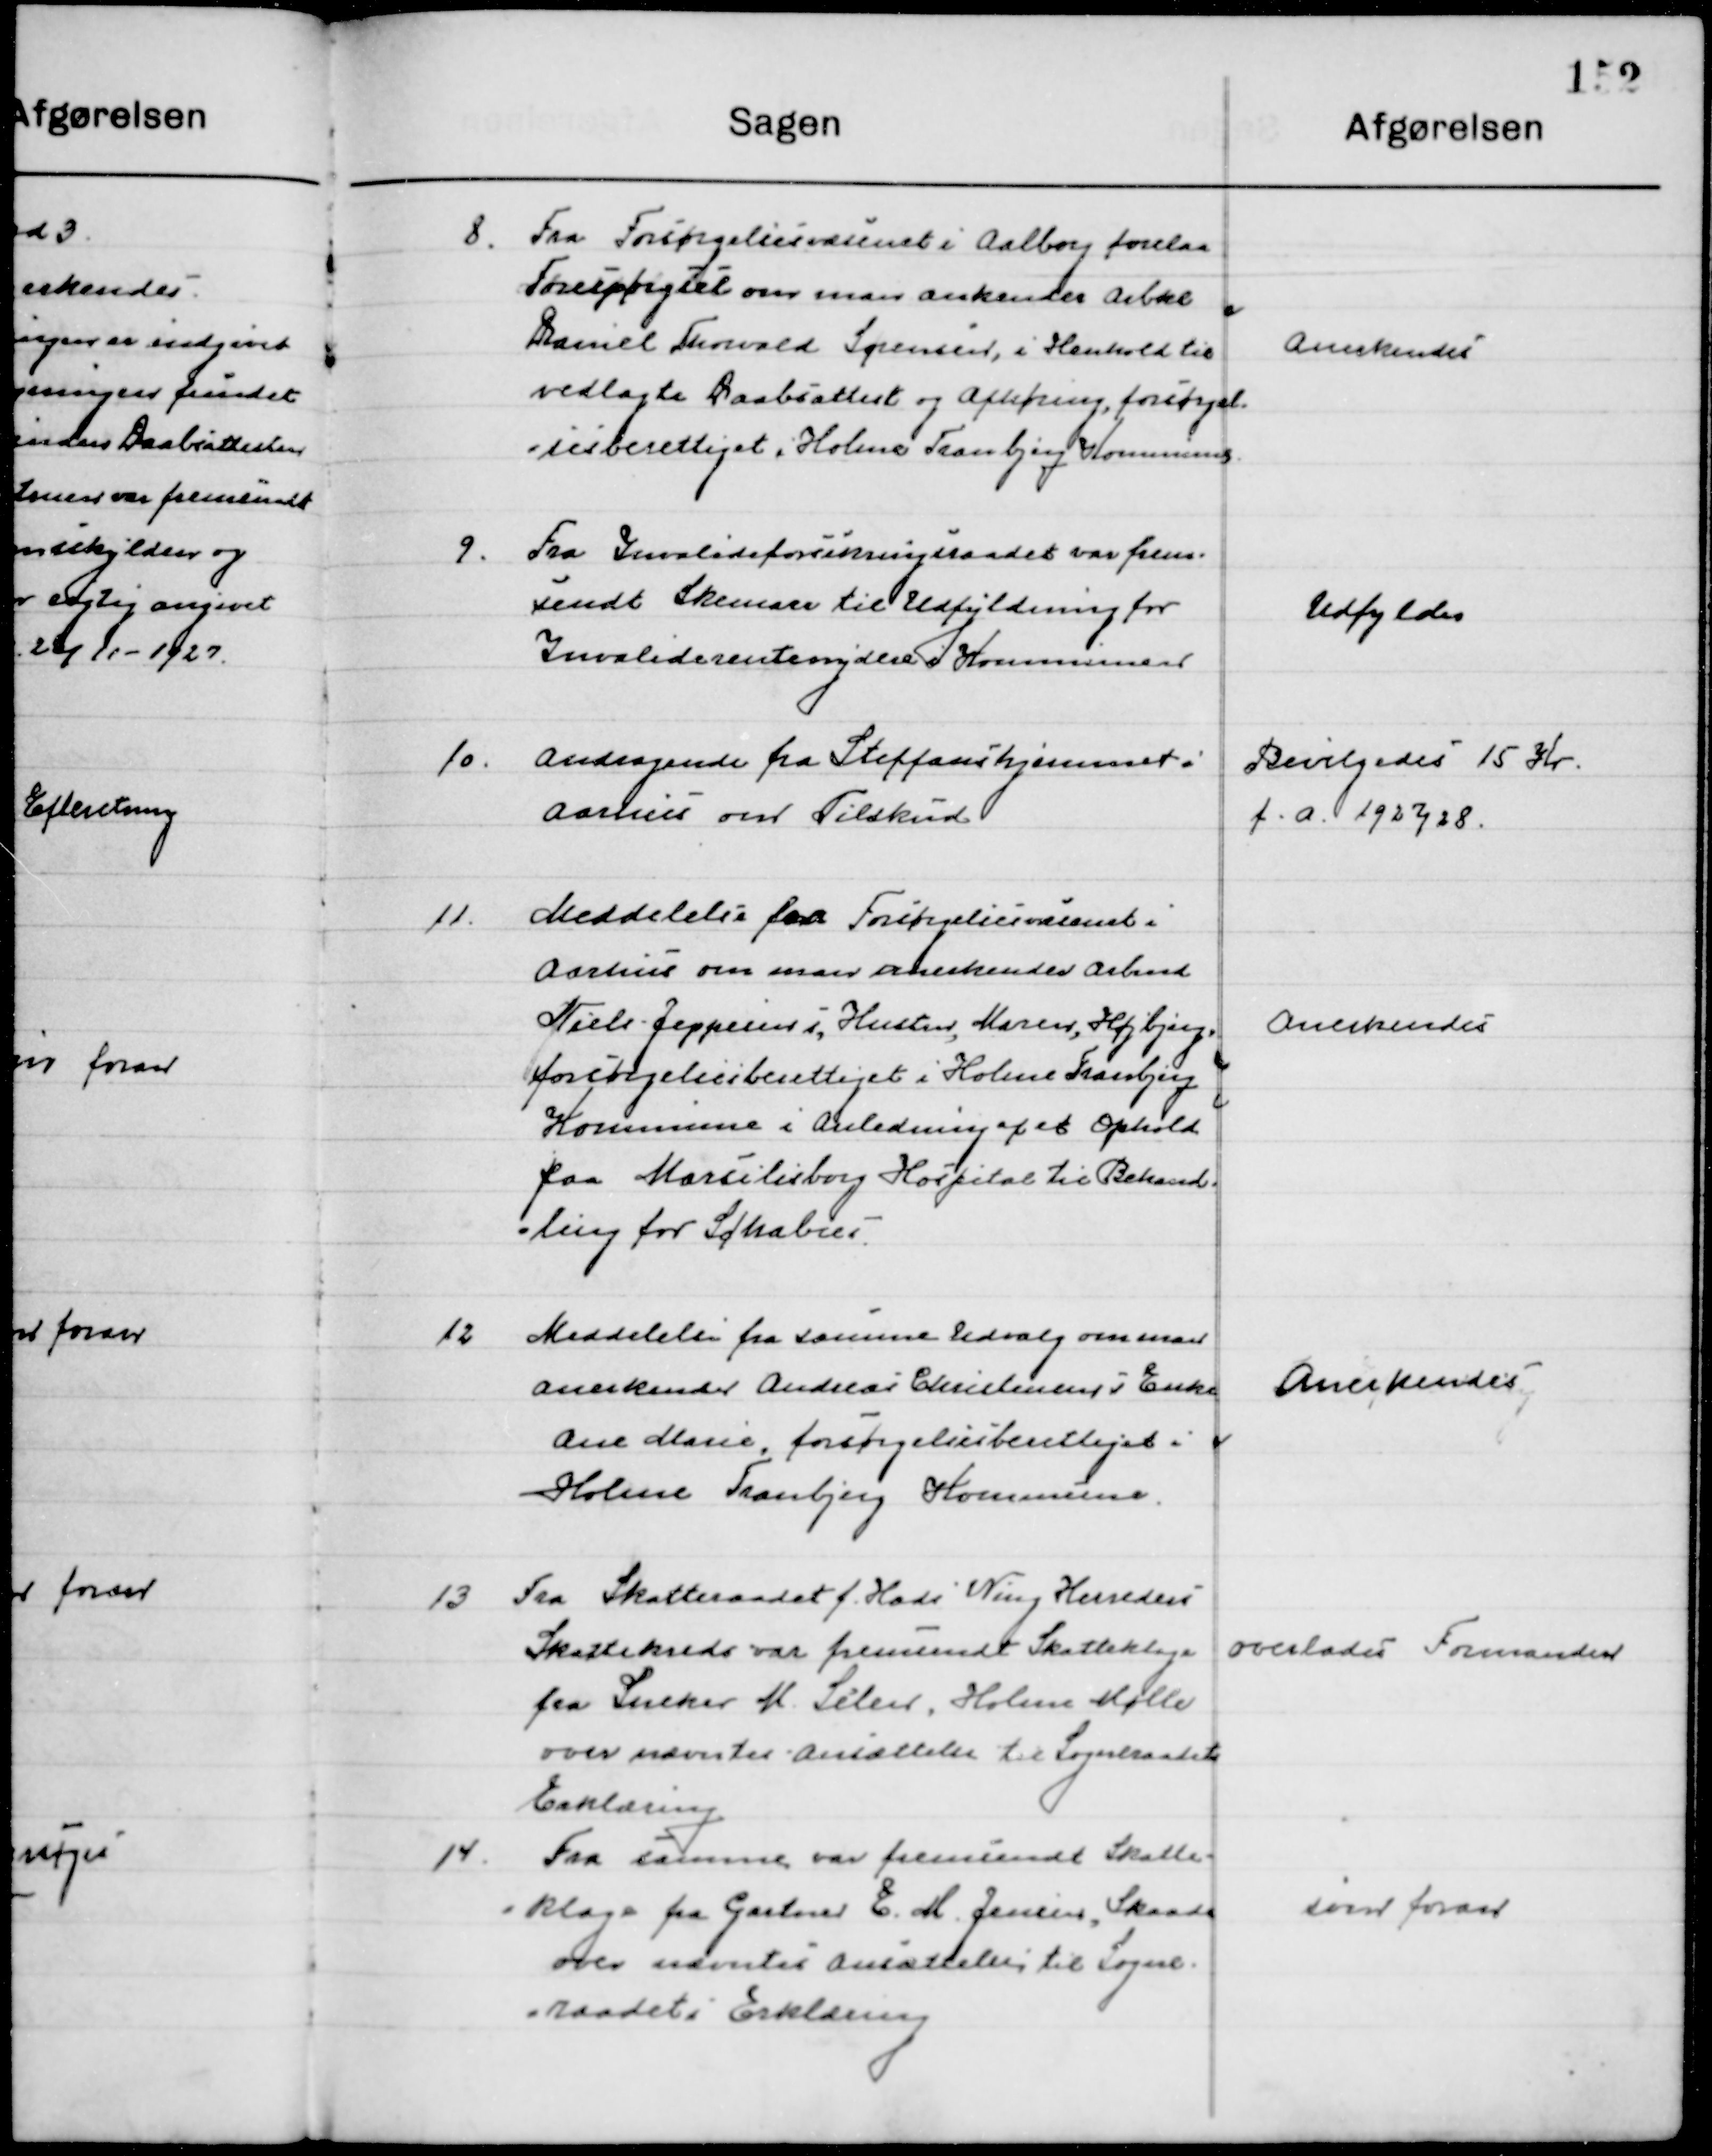
Transskription:
8

Fra Forsørgelsesvæsenet i Aalborg forelaa
Forespørgsel om man anerkender Arbmd.
Daniel Thorvald Sørensen, i Henhold til 
vedlagte Daabsattest og afhøring, forsørgel- 
sesberettiget i Holme Tranbjerg Kommune

Anerkendes

9

Fra Invalideforsikringsraadet var frem-
sendt skema til Udfyldning for  
Invaliderenteydere i Kommunen

Udfyldes

10

Andragende fra Steffanshjemmet i
Aarhus om Tilskud.

Bevilgedes 15 Kr.
f. a. 1927/28

11

Meddelelse fra Forsørgelsesvæsenet i
Aarhus om man anerkender Arbmd.
Niels Jeppesens Hustru, Maren Højbjerg,
forsørgelsesberettiget i Holme Tranbjerg 
Kommune i Anledning af et Ophold
Paa Marselisborg Hospital til Behand- 
ling for Schabies.

Anerkendes

12

Meddelelse fra samme Udvalg om man 
Anerkender Andreas Christensens Enke 
Ane Marie, forsørgelsesberettiget i 
Holme Tranbjerg Kommune.

Anerkendes

13

Fra Skatteraadet f. Hads Ning Herreders
Skattekreds var fremsendt Skatteklage
fra Sneker M. Siler. Holme Mølle
over nævnte Ansættelse til Sogneraadets
 Erklæring.

overlodes Formanden

14

Fra samme var var fremsendt Skatte-
klage fra Gartner E. M. Jensen, Skaade
over nævnte ansættelse til Sogne-
raadets Erklæring.

som foran